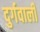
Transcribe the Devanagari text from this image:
दुर्गवाली